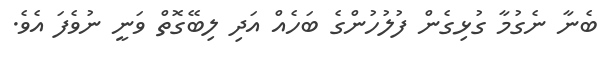
ބެނާ ނެގުމާ ގުޅިގެން ފުލުހުންގެ ބަހެއް އަދި ލިބޭގޮތް ވަނީ ނުވެފަ އެވެ.